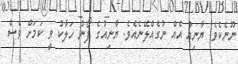
ނޫނެކެވެ. ޔާނިއު އެއް ނުގެއްލޭނެއެވެ. ޔާނިއުގެ ފޯނު ހަލާކު ވީ ކަމަށް ވެސް